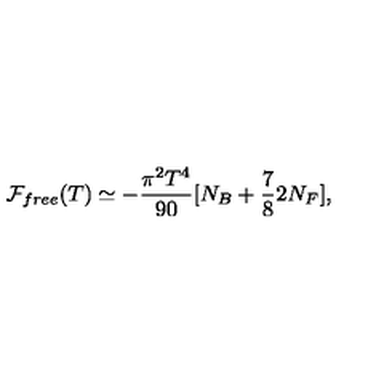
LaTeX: { \cal F } _ { f r e e } ( T ) \simeq - { \frac { \pi ^ { 2 } T ^ { 4 } } { 9 0 } } [ N _ { B } + { \frac { 7 } { 8 } } 2 N _ { F } ] ,